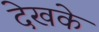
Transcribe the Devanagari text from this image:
देखके